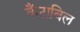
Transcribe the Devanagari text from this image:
कैंटाबिल